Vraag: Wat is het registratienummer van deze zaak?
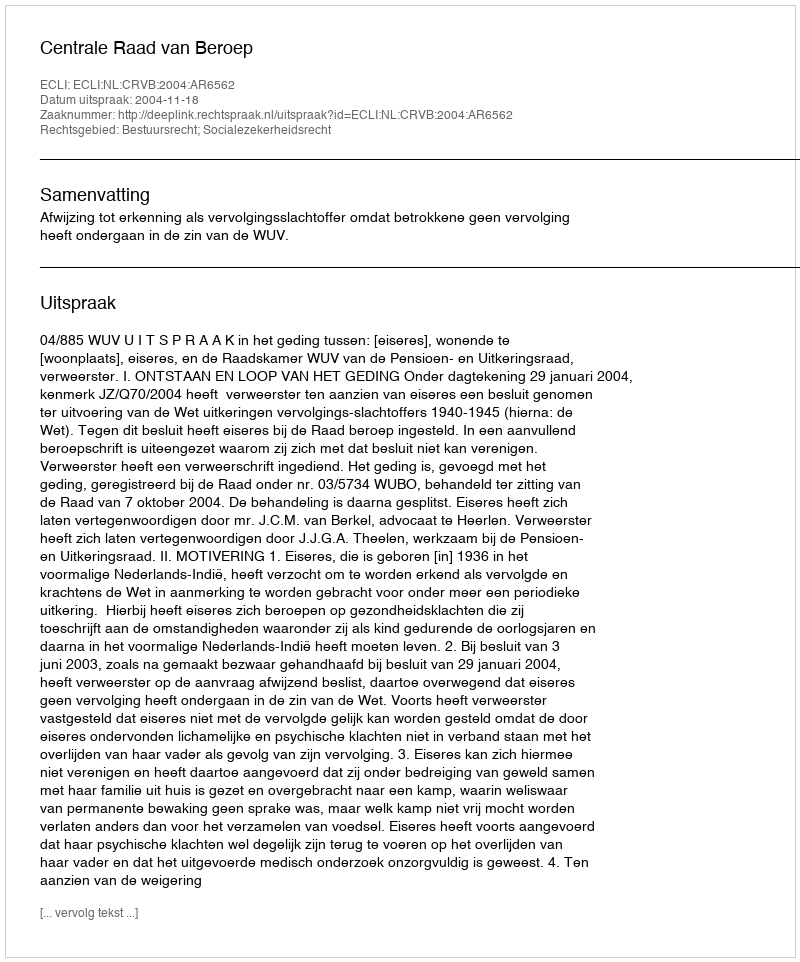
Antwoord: http://deeplink.rechtspraak.nl/uitspraak?id=ECLI:NL:CRVB:2004:AR6562